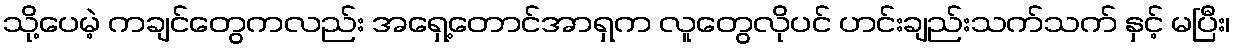
သို့ပေမဲ့ ကချင်တွေကလည်း အရှေ့တောင်အာရှက လူတွေလိုပင် ဟင်းချည်းသက်သက် နှင့် မပြီး၊